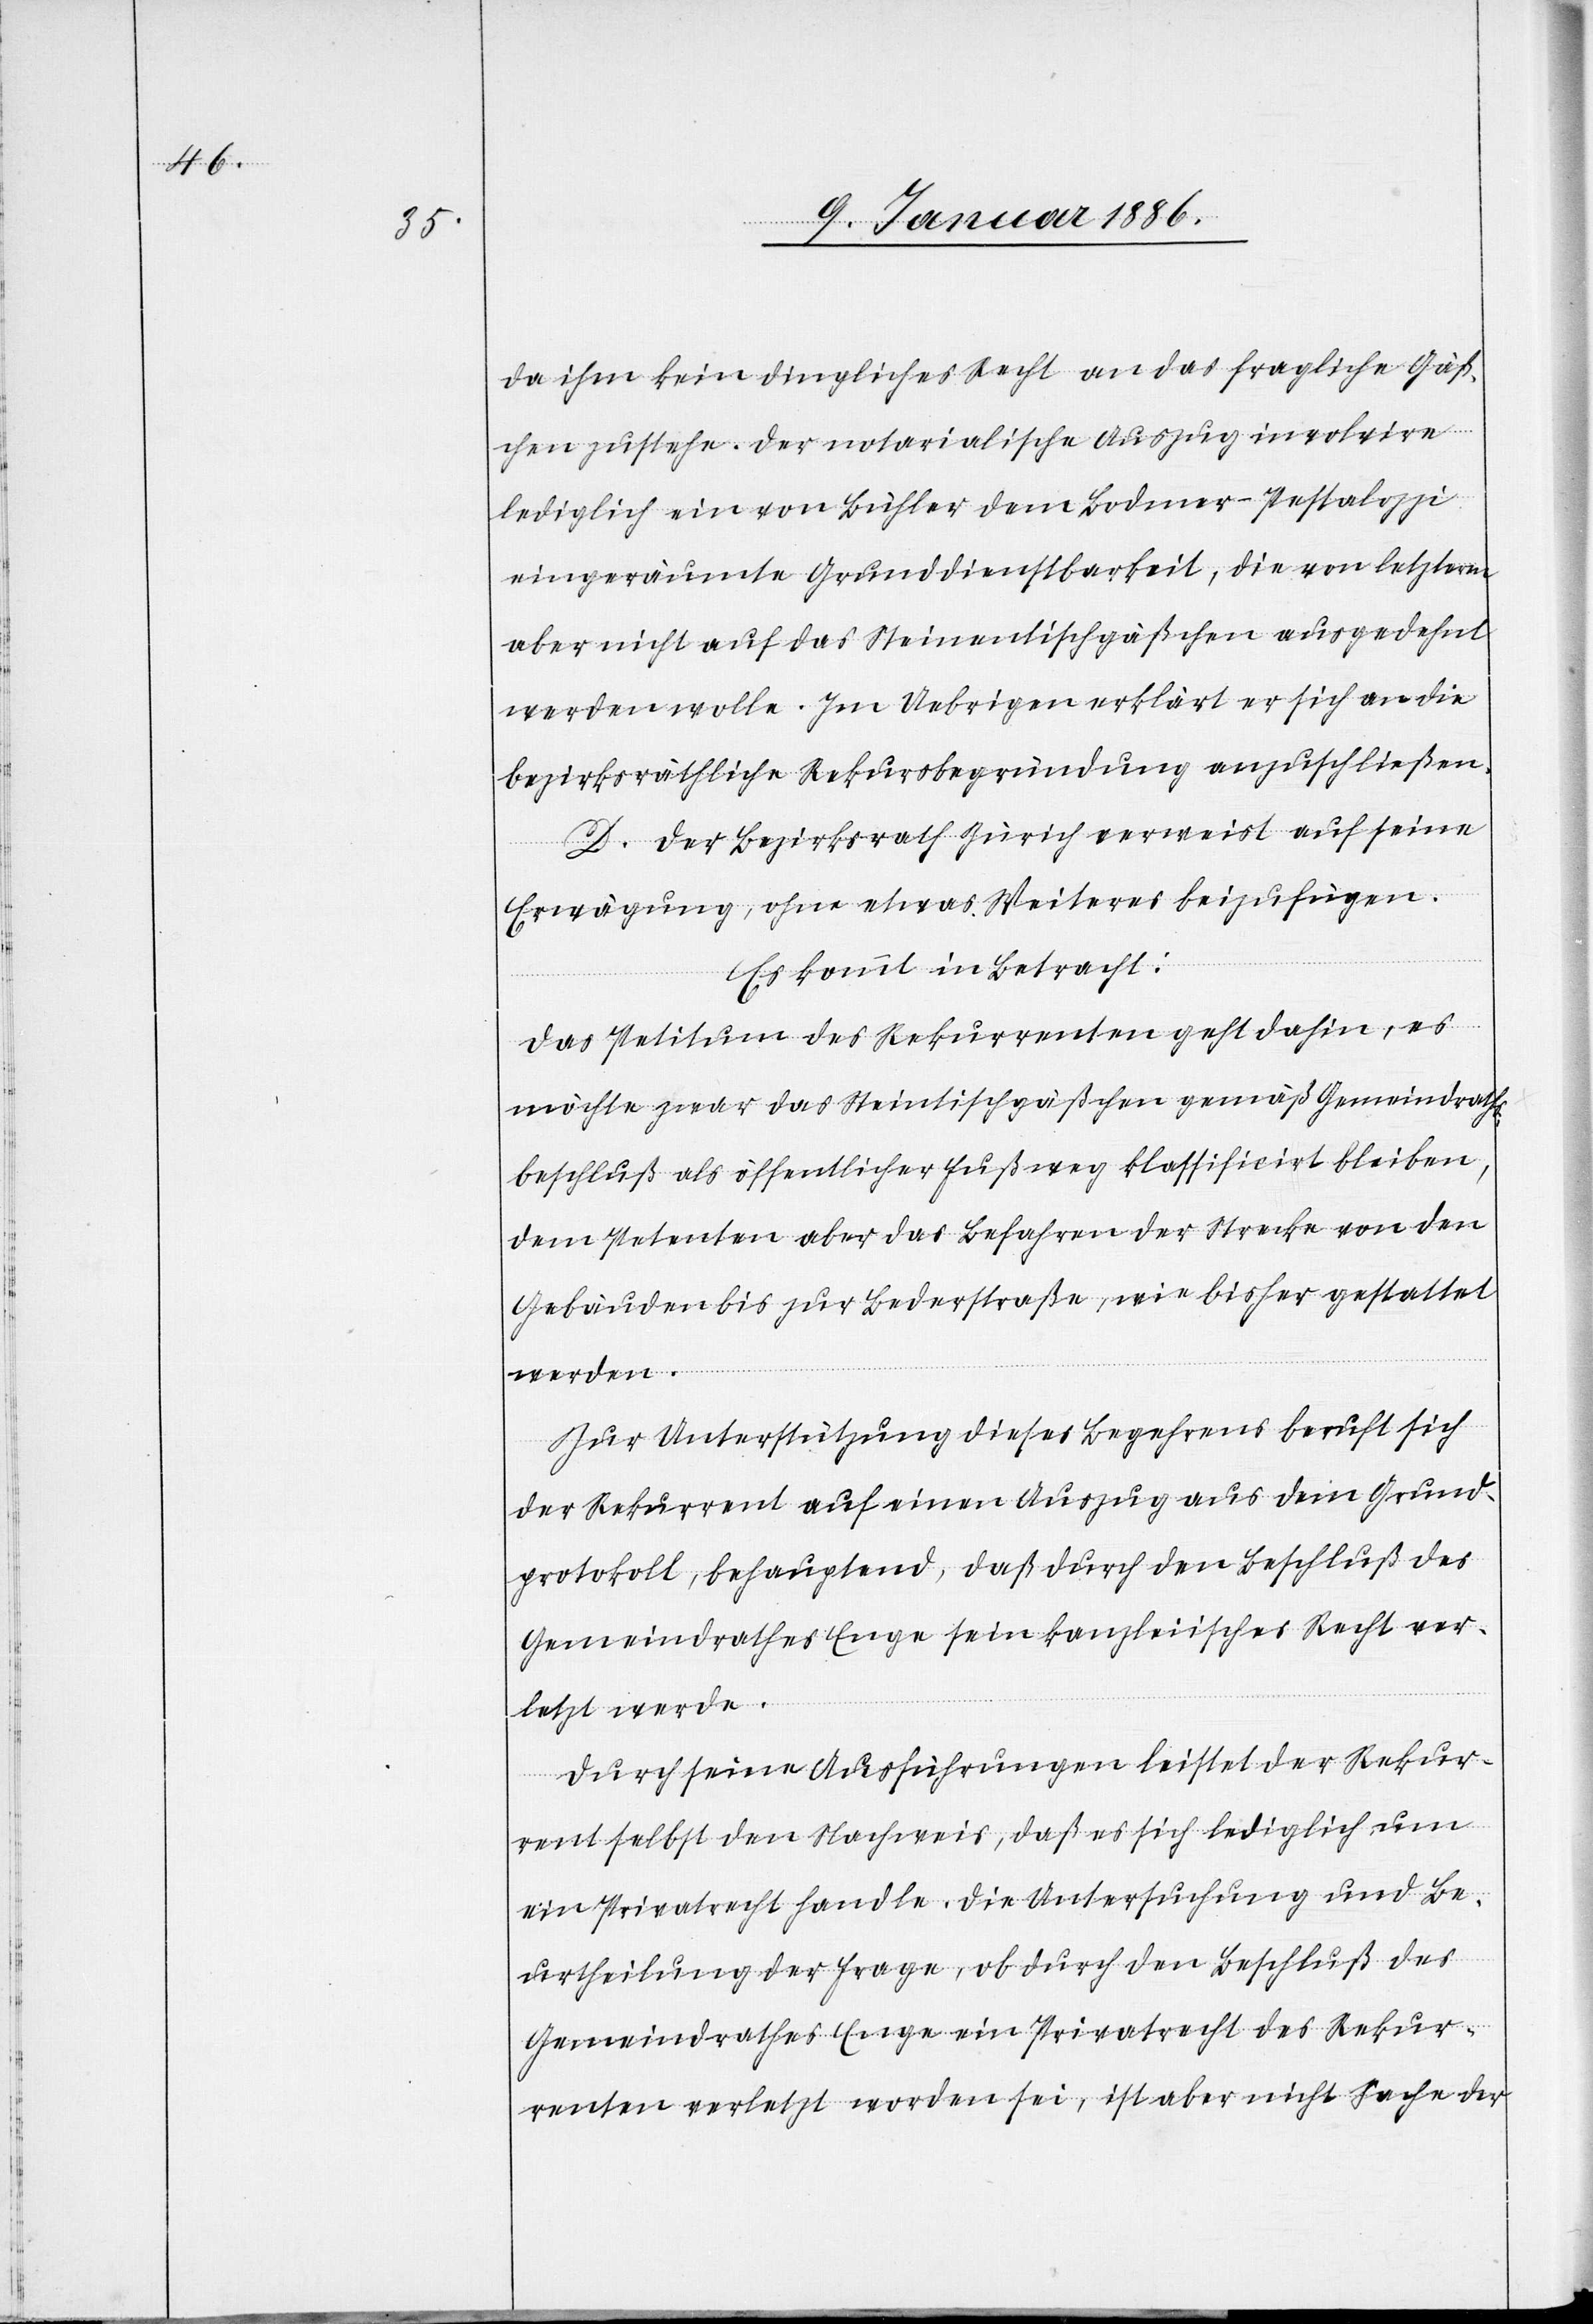
da ihm kein dingliches Recht an das fragliche Gäß¬
chen zustehe. Der notarialische Auszug involvire
lediglich eine von Bühler dem Bodmer-Pestalozzi
eingeräumte Grunddienstbarkeit, die von letzterm
aber nicht auf das Steinentischgäßchen ausgedehnt
werden wolle. Im Uebrigen erklärt er sich an die
bezirksräthliche Rekursbegründung anzuschließen.
D. Der Bezirksrath Zürich verweist auf seine
Erwägung, ohne etwas Weiteres beizufügen.
Es kommt in Betracht:
Das Petitum des Rekurrenten geht dahin, es
möchte zwar das Steinentischgäßchen gemäß Gemeindraths¬
beschluß als öffentlicher Fußweg klassificirt bleiben,
dem Petenten aber das Befahren der Strecke von den
Gebäuden bis zur Bederstraße wie bisher gestattet
werden.
Zur Unterstützung dieses Begehrens beruft sich
der Rekurrent auf seinen Auszug aus dem Grund¬
protokoll, behauptend, daß durch den Beschluß des
Gemeindrathes Enge sein kanzleiisches Recht ver¬
letzt werde.
Durch seine Ausführungen leistet der Rekur¬
rent selbst den Nachweis, daß es sich lediglich um
ein Privatrecht handle. Die Untersuchung und Be¬
urtheilung der Frage, ob durch den Beschluß des
Gemeindrathes Enge ein Privatrecht des Rekur¬
renten verletzt worden sei, ist aber nicht Sache der